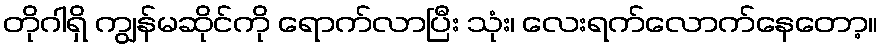
တိုဂါရှိ ကျွန်မဆိုင်ကို ရောက်လာပြီး သုံး၊ လေးရက်လောက်နေတော့။